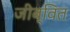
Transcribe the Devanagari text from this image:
जीब्वित